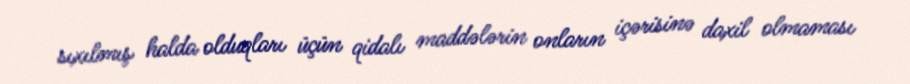
sıxılmış halda olduqları üçün qidalı maddələrin onların içərisinə daxil olmaması